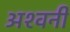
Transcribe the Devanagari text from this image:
अश्‍वनी